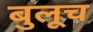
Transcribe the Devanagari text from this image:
बुलूच